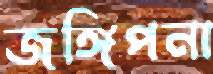
জঙ্গিপনা